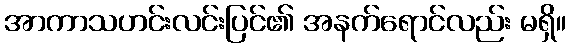
အာကာသဟင်းလင်းပြင်၏ အနက်ရောင်လည်း မရှိ။